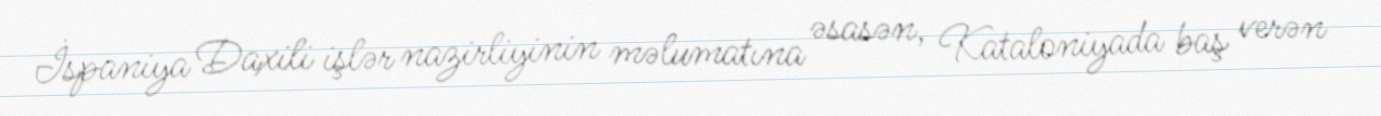
İspaniya Daxili işlər nazirliyinin məlumatına əsasən, Kataloniyada baş verən